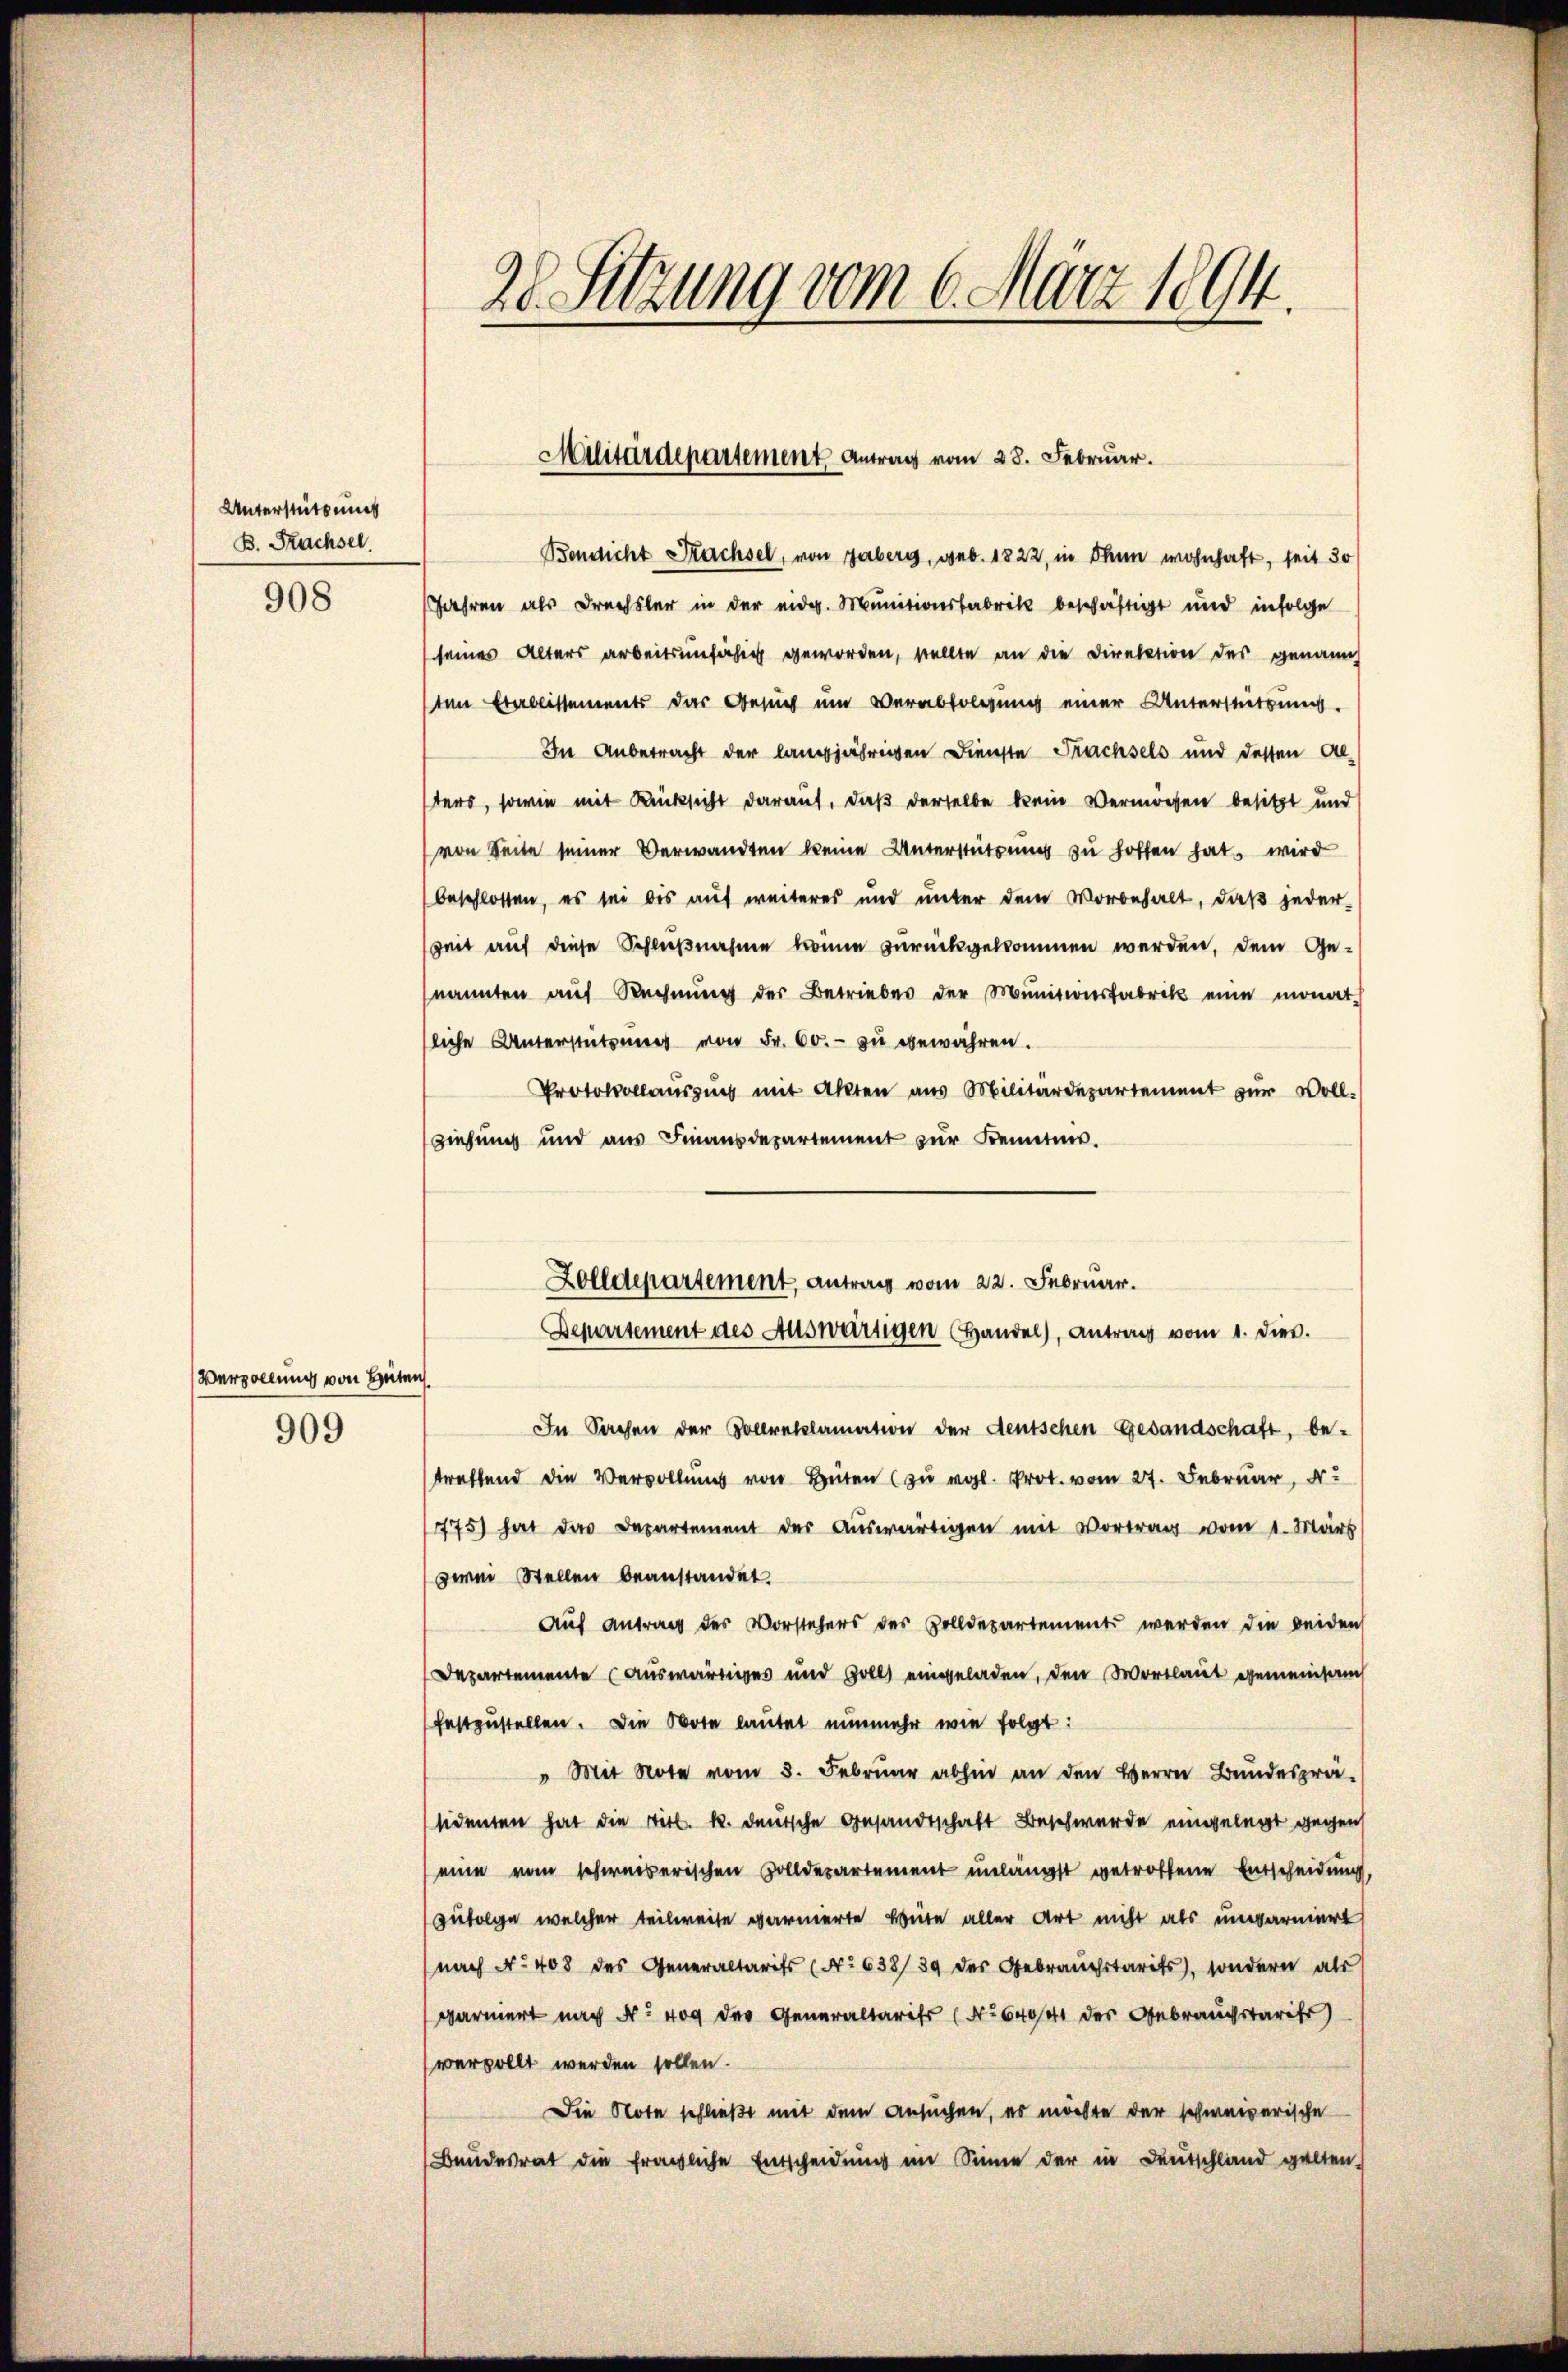
Unterstützung
B. Fruchsel

908

Vervollung von Hüten.

909

28. Sitzung vom 6. März 1894.

Bendlicht Sachsel, von geberg, geb. 1822, in dann wohnhaft, seit 30
Jahren als Drechsler in der eidg. Munitionsfabrik beschäftigt und infolge
seines Alters arbeitsunfähig geworden, stellte an die Direktion des genannt
sten Etablissements das Besuch um Verabfolgung einer Unterstützung.
In Anbetracht der langjährigen Dienste Frachsels und dessen Al-
sters, sowie mit Rücksicht darauf, daß derselbe kein Vermögen besitzt und
von Seite seiner Verwandten keine Unterstützung zu hoffen hat, wird
beschlossen, es sei bis auf weiteres und unter dem Vorbehalt, daß jeder-
Zeit auf diese Schlußnahme könne zurückgekommen werden, dem Ge-
nannten aŭf Rechnŭng der Betriebes der Munitionsfabrik eine monat
sliche Unterstützung von Fr. 60. zu gewähren.
Protokollaŭszŭg mit Akten aus Militärdepartement zŭr Voll-
ziehung und aus Finanzdepartement zur Kennten.
In Sachen der Collreklamation der deutschen Gesandschaft, be-
straffend die Vervollŭng von Hüten (zu vgl. Prot. vom 27. Februar,
775) hat das Departement der Aŭswärtigen mit Vortrag vom 1. März
zwei Stellen beanstandet
Auf Antrag des Vorstehers des Zolldepartement werden die beiden
Departemente auswärtiges und soll eingeladen, den Wortlaut gemeinsam
festzustellen. Die Bote lautet nunmehr wie folgt:
" Mit Note vom 3. Februar abhin an den Herrn Bundesprä-
sidenten hat die Titl. R. deutsche Gesandtschaft Beschwerde eingelegt gegen
eine vom schweizerischen Zolldepartement unlängst getroffene Entscheidung,
zufolge welcher teilweise garnierte Baute aller Art nicht als ungarniert
nach No. 408 des Generaltarifs (No 638/ 39 des Gebrauchstarits, sondern als
parniert nach N: 409 der Generaltarifs (No 640/41 der Gebrauchstaris
vervollt werden sollen.
Die Note schließt mit dem Ansuchen, es möchte der schweizerische
(Bundesrat die fragliche Entscheidung im Sinne der in Deutschland galten,

Militärdepartement Antrag vom 28. Februar.

Zolldepartement, antrag vom 22. Februar.
Departement des Auswärtigen (Handel, Antrag vom 1. dies.